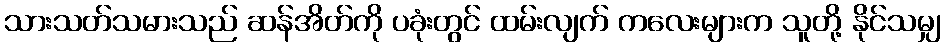
သားသတ်သမားသည် ဆန်အိတ်ကို ပခုံးတွင် ထမ်းလျက် ကလေးများက သူတို့ နိုင်သမျှ